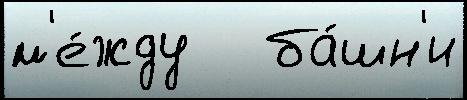
м'е́жду   ба́шн'и